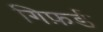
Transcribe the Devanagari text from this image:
गिफ़र्ड